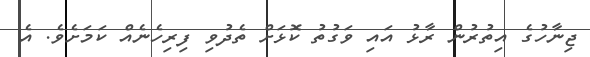
ޖިނާހުގެ އިތުރުން ރާޅު އައި ވަގުތު ކޮޅަށް ތެދުވި ފިރިހެނެއް ކަމަށެވެ. އެ